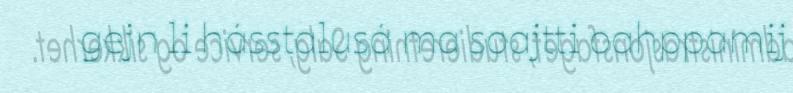
gejn li hásstalusá ma soajtti oahppamij